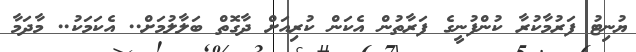
ޔުނިޓު ފަރުމާކުރާ ކުންފުނީގެ ފަރާތުން އެކަން ކުރިއަށް ދާގޮތް ބަލާލުމަށް.. އެކަމަކު.. މާދަމާ